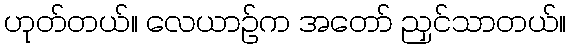
ဟုတ်တယ်။ လေယာဉ်က အတော် ညှင်သာတယ်။